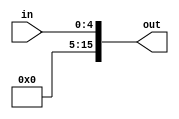
module signextend(out,in);

	output wire  [15:0] out;
	input wire [4:0] in;
   assign out = {10'd0,in[4:0]};

endmodule